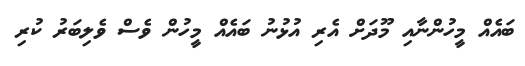
ބައެއް މީހުންނާއި މޫދަށް އެރި އުޅުނު ބައެއް މީހުން ވެސް ވެލިބަރު ކުރި